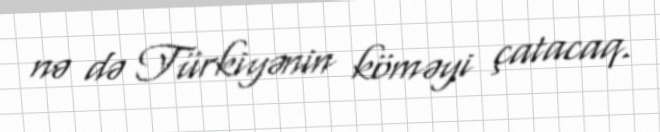
nə də Türkiyənin köməyi çatacaq.